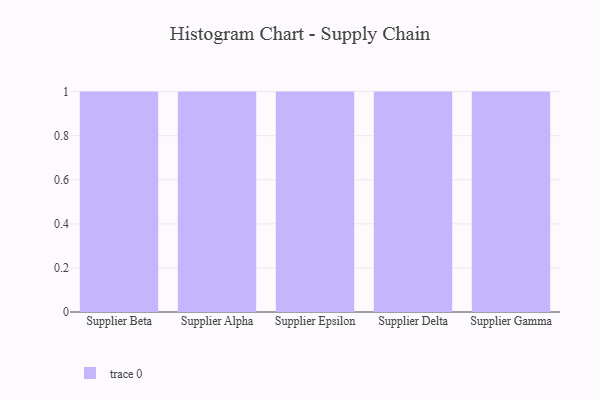
{"axis": {"x": "Supplier", "y": "Revenue (USD Million)"}, "legend": [""], "data": [{"x": "Supplier Beta", "y": 69, "type": ""}, {"x": "Supplier Alpha", "y": 18, "type": ""}, {"x": "Supplier Epsilon", "y": 5, "type": ""}, {"x": "Supplier Delta", "y": 45, "type": ""}, {"x": "Supplier Gamma", "y": 15, "type": ""}]}